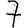
Digit: 7